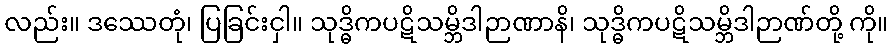
လည်း။ ဒဿေတုံ၊ ပြခြင်းငှါ။ သုဒ္ဓိကပဋိသမ္ဘိဒါဉာဏာနိ၊ သုဒ္ဓိကပဋိသမ္ဘိဒါဉာဏ်တို့ ကို။